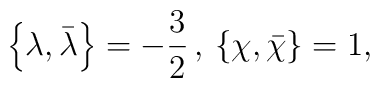
\left\{\lambda , \bar\lambda \right\}=-\frac{3}{2} \, , \, \left \{\chi ,\bar\chi \right\} =1 ,